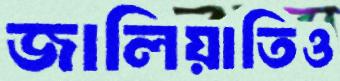
জালিয়াতিও